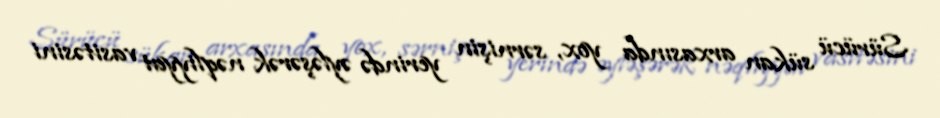
Sürücü sükan arxasında yox, sərnişin yerində əyləşərək nəqliyyat vasitəsini